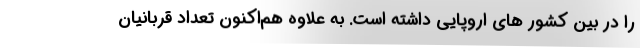
را در بین کشور های اروپایی داشته است. به علاوه هم‌اکنون تعداد قربانیان